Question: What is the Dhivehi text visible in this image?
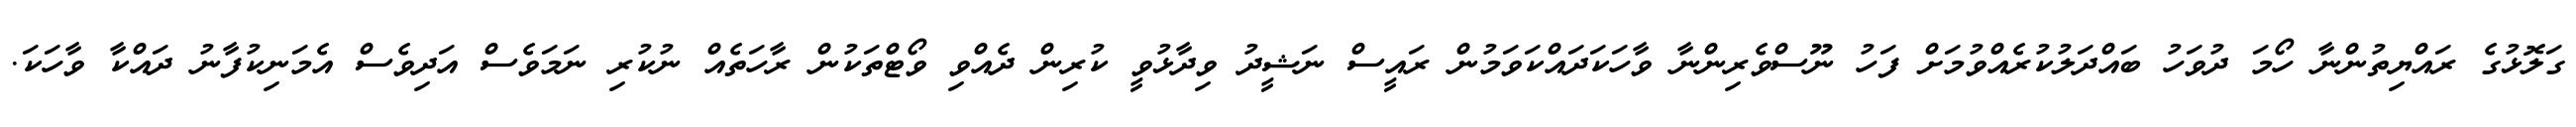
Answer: ގަލޮޅުގެ ރައްޔިތުންނާ ހޯމަ ދުވަހު ބައްދަލުކުރެއްވުމަށް ފަހު ނޫސްވެރިންނާ ވާހަކަދައްކަވަމުން ރައީސް ނަޝީދު ވިދާޅުވީ ކުރިން ދެއްވި ވޯޓްތަކުން ރާހަތެއް ނުކުރި ނަމަވެސް އަދިވެސް އެމަނިކުފާނު ދައްކާ ވާހަކަ.